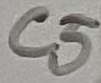
Text: C5